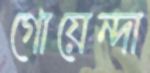
গোয়েন্দা